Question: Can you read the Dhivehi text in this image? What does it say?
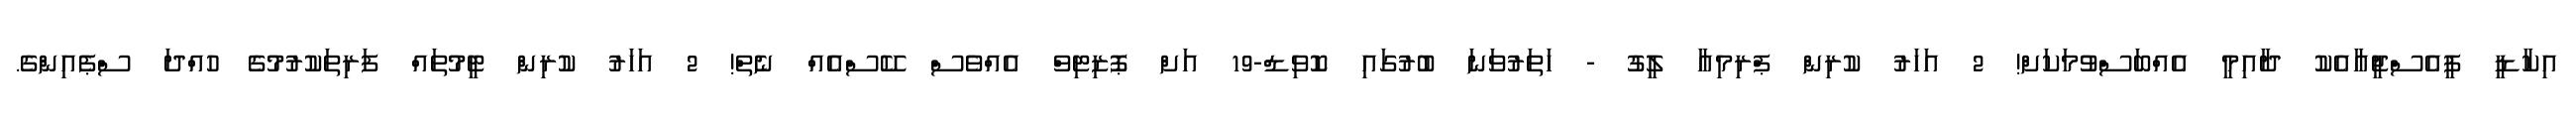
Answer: އިކާޑީ ޕީއެސްޖީއާއެކު ދާއިމީ އެއްބަސްވުމަކަށް! 2 އަހަރު ކުރިން ޕްރިމިއާ ލީގު - ހަތަރުވަނަ ބުރުގައި ކޮވިޑް-19 އަށް ޕޮޒިޓިވް އެއްވެސް ކޭސްއެއް ނެތް! 2 އަހަރު ކުރިން ޓީމުތައް ފަރިތަކުރުމުގެ ހުއްދަ ސްޕެއިންގެ.